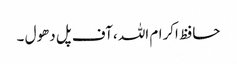
حافظ اکرام اللہ ،آف پل دھول ۔